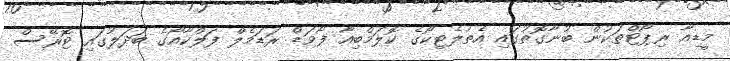
މީޑިއާ ރިޕޯޓްތަކުން ބުނާގޮތުގައި އެތުލެޓިކޯގެ ކޮލަމްބިއާ ފޯވަޑް ރަޑަމެލް ފަލްކާއޯގެ ބަދަލުގައި ޓޮރޭސް